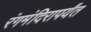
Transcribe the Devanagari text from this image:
रंगमंदिरापर्यंत